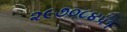
૨૯૭૦૮૪૫૧